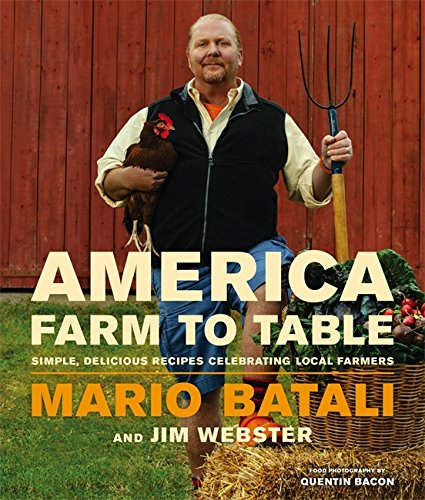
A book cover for America--Farm to Table: Simple, Delicious Recipes Celebrating Local Farmers; Mario Batali; Cookbooks, Food & Wine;